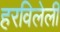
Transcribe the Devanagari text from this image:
हरविलेली